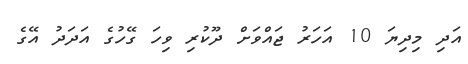
އަދި މިދިޔަ 10 އަހަރު ޖައްވަށް ދޫކުރި ވިހަ ގޭހުގެ އަދަދު އޭގެ